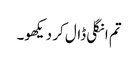
تم انگلی ڈال کر دیکھو۔